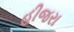
હીજરા